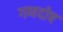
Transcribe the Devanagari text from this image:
गणदोष